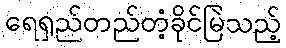
ရေရှည်တည်တံ့ခိုင်မြဲသည့်